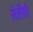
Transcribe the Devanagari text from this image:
मेलैनी